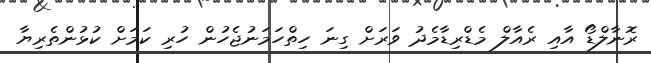
ރޮނާލްޑޯ އާއި ރެއާލް މެޑްރިޑާމެދު ވަރަށް ގިނަ ހިތްހަމަނުޖެހުން ހުރި ކަމަށް ކުޅުންތެރިޔާ